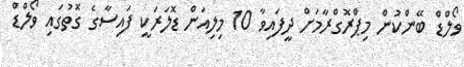
ވޯލްޑް ބޭންކުން މިޕްރޮގްރާމަށް ދީފައިވާ 10 މިލިއަން ޑޮލަރަކީ ފައިސާގެ ގޮތުގައި ވޯލްޑް